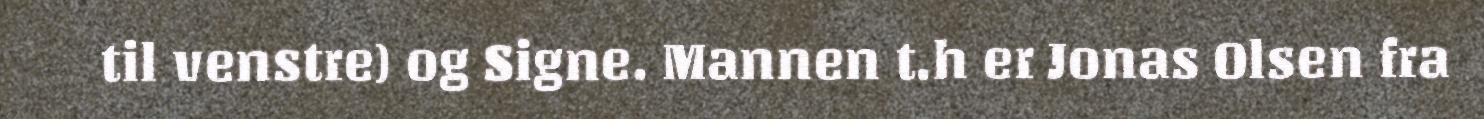
til venstre) og Signe. Mannen t.h er Jonas Olsen fra